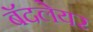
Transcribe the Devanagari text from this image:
बॅदलेयर